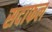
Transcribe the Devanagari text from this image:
सदाफल